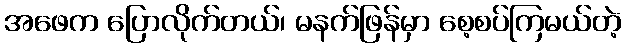
အဖေက ပြောလိုက်တယ်၊ မနက်ဖြန်မှာ စေ့စပ်ကြမယ်တဲ့